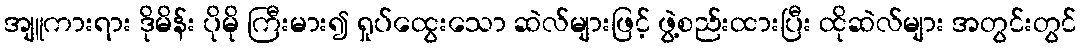
အျူကားရား ဒိုမိန်း ပိုမို ကြီးမား၍ ရှုပ်ထွေးသော ဆဲလ်များဖြင့် ဖွဲ့စည်းထားပြီး ထိုဆဲလ်များ အတွင်းတွင်